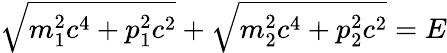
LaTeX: {\sqrt{m_{1}^{2}c^{4}+p_{1}^{2}c^{2}}}+{\sqrt{m_{2}^{2}c^{4}+p_{2}^{2}c^{2}}}=E